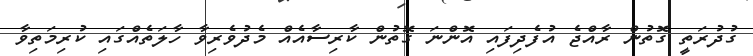
ގުދުރަތީ ގޮތުން ރާއްޖެ އުފެދިފައި އޮންނަ ގޮތުން ކާރިސާއެއް މެދުވެރިވާ ހާލަތެއްގައި ކުރިމަތިވާ